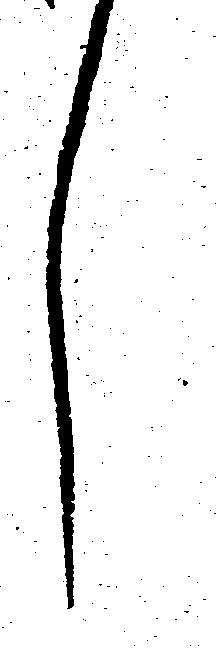
し